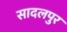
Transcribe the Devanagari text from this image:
सादलपुर